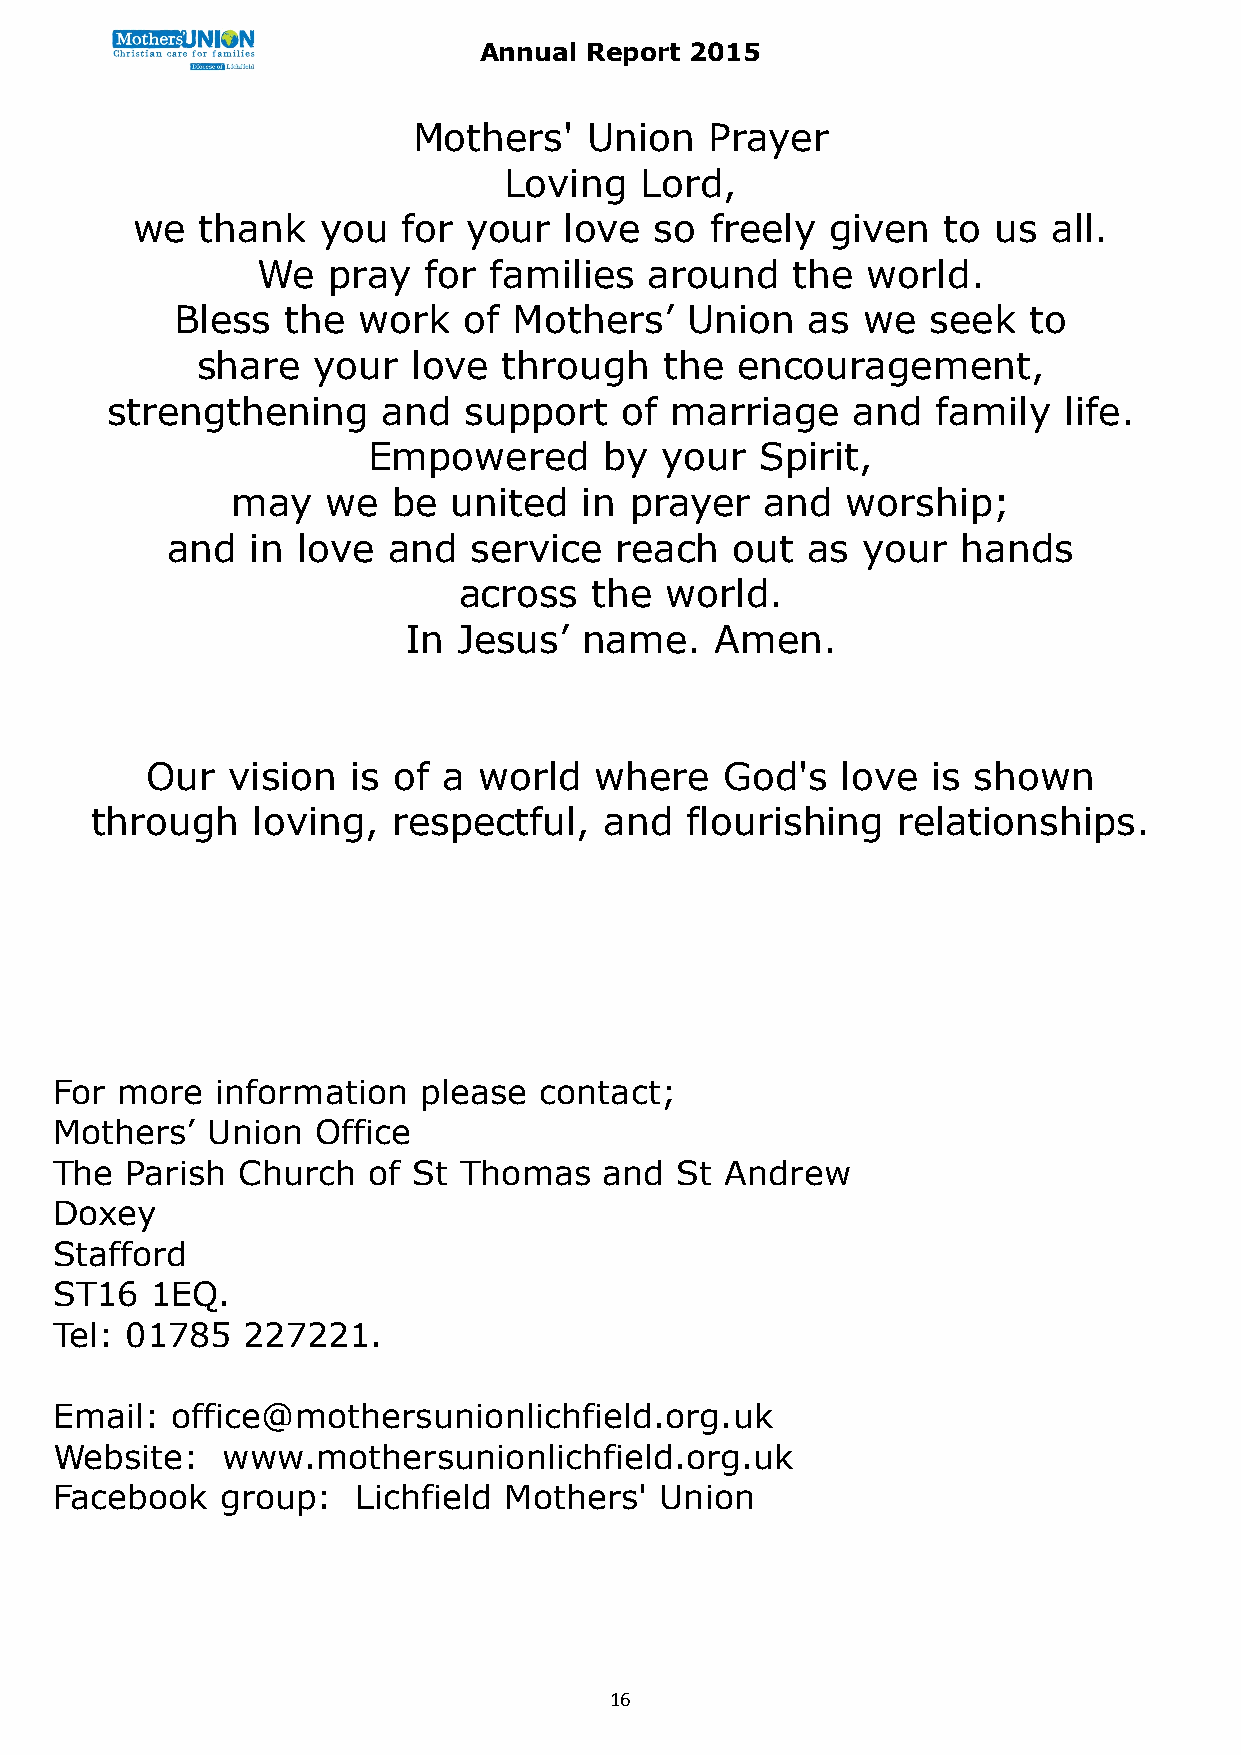
Annual Report 2015
 Mothers'    Union   Prayer
 Loving   Lord,
 we  thank   you   for your  love  so  freely  given  to  us  all.
 We   pray  for families   around   the  world.
 Bless  the  work   of Mothers’   Union   as  we  seek   to
 share   your  love  through    the  encouragement,
 strengthening     and   support   of marriage    and   family  life.
 Empowered       by  your  Spirit,
 may    we  be  united   in prayer   and  worship;
 and   in love  and  service   reach   out as  your   hands
 across   the  world.
 In Jesus’   name.   Amen.
 Our  vision  is of a  world  where    God's   love  is shown
 through    loving,  respectful,   and  flourishing   relationships.
 For  more  information   please  contact;
 Mothers’   Union  Office
 The  Parish  Church  of St Thomas    and  St Andrew
 Doxey
 Stafford
 ST16   1EQ.
 Tel: 01785   227221.
 Email:  office@mothersunionlichfield.org.uk
 Website:    www.mothersunionlichfield.org.uk
 Facebook    group:   Lichfield Mothers'  Union
 16